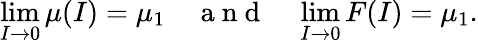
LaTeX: \operatorname*{lim}_{I\to 0}\mu(I)=\mu_{1}\quad\mathrm{~a~n~d~}\quad\operatorname*{lim}_{I\to 0}F(I)=\mu_{1}.